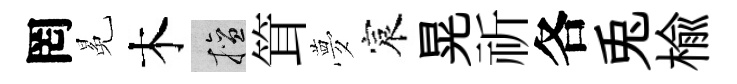
罔冕木擅䇯夢宸晃祈各兎楡